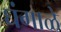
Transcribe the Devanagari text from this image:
घंगाळे